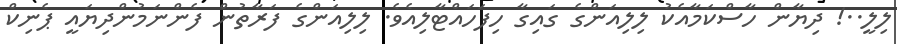
ލިލީ..! ދިޔާން ހާސްކަމާއެކު ލިލިއަންގެ ގައިގާ ހިފަހައްޓާލިއެވެ. ލިލިއަންގެ ފަރާތުން ފެންނަމުންދިޔައީ ޕެނިކް